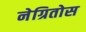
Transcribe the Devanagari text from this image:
नेग्रितोस